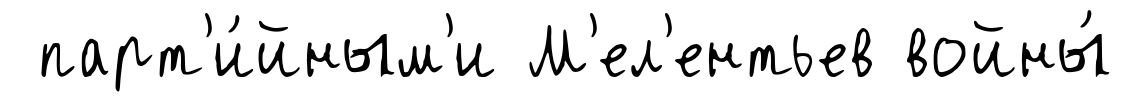
парт'и́йным'и М'ел'ентьев войны́